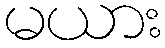
မယား